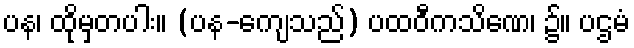
ပန၊ ထိုမှတပါး။ (ပန-ကျေသည်) ပထဝီကသိဏေ၊ ၌။ ပဌမံ